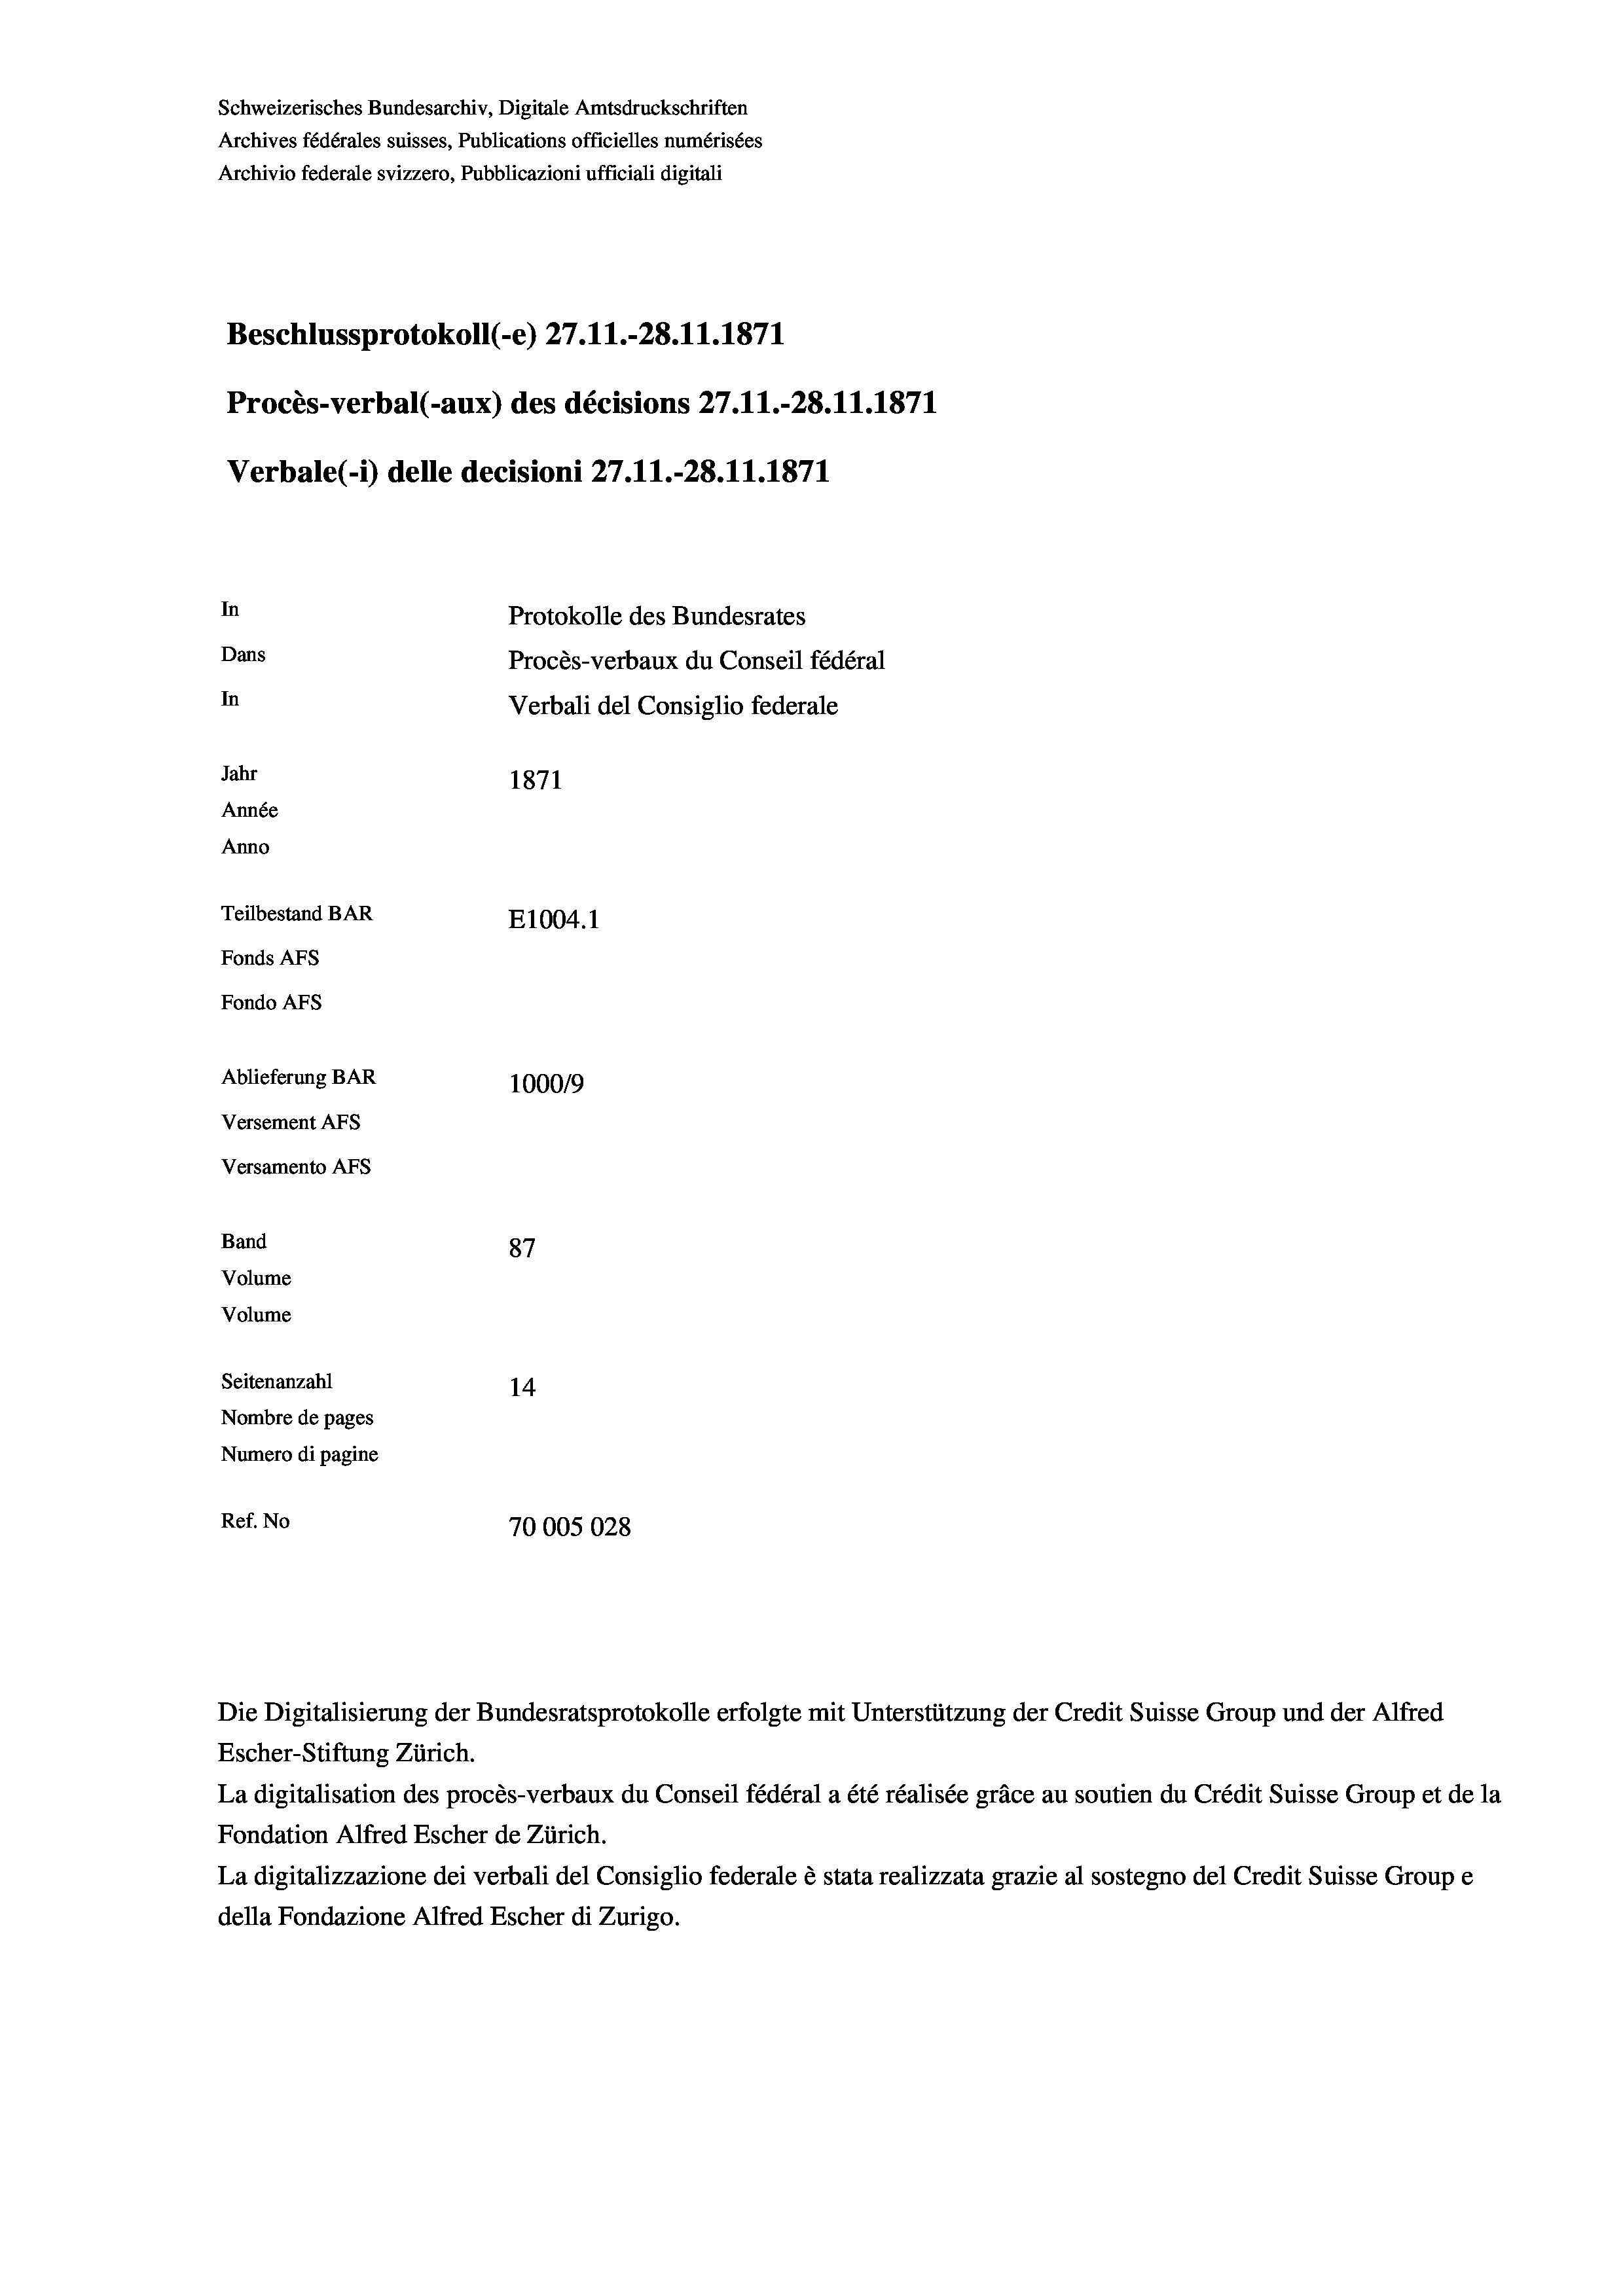
Schweizerisches Bundesarchiv, Digitale Amtsdruckschriften
Archives fédérales suisses, Publications officielles numérisées
Archivio federale svizzero, Pubblicazioni ufficiali digitali
Beschlussprotokoll (-e) 27. 11.-28.11.1871
Procès-verbal (-aux) des décisions 27.11.-28.11.1871
Verbale (- 1) delle decisioni 27.11.-28.11.1871
In
Protokolle des Bundesrates
Dans
Procès-verbaux du Conseil fédéral
In
Verbali del Consiglio federale
Jahr
1871
Année
Anno
Teilbestand BAR
E1004.1
Fonds Afs
Fondo AFs
Ablieferung BAR
1000/9
Versement Abs
Versamento Afs
Band
87
Volume
Volume
Seitenanzahl
14
Nombre de pages
Numero di pagine
Ref. No
70005028

Die Digitalisierung der Bundesratsprotokolle erfolgte mit Unterstützung der Credit Suisse Group und der Alfred
Escher-Stiftung Zürich.
La digitalisation des procès-verbaux du Conseil fédéral a été réalisée gräce au soutien du Crédit Suisse Group et de la
Fondation Alfred Escher de Zürich.
La digitalizzazione dei verbali del Consiglio federale è stata realizzata grazie al sostegno del Credit Suisse Groupe
della Fondazione Alfred Escher di Zurigo.